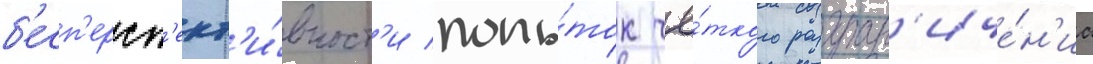
б'есп'ерсп'ект'и́вност'и попы́ток чё́ткого разгран'иче́н'иа